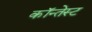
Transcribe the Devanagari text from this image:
कॉन्तेस्ट